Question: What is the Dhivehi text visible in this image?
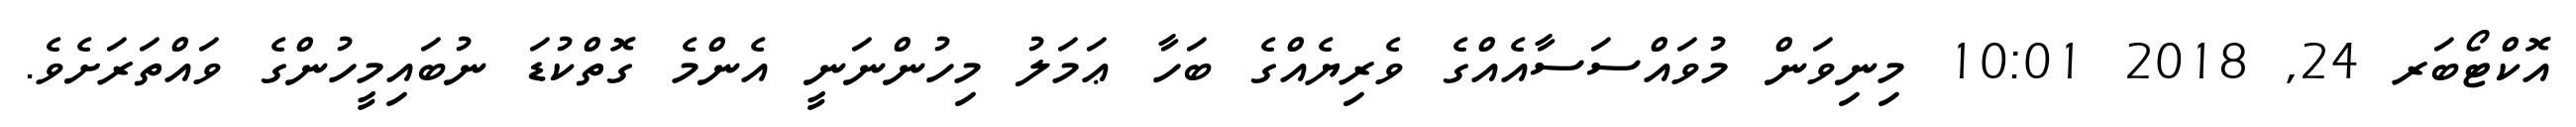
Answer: އޮކްޓޯބަރ 24, 2018 10:01 މިނިވަން މުވައްސަސާއެއްގެ ވެރިޔެއްގެ ބަހާ ޢަމަލު މިހުންނަނީ އެންމެ ގޮތްކުޑަ ނުބައިމީހުންގެ ވައްތަރަށެވެ.